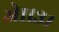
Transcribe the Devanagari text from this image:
जे११३१